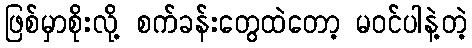
ဖြစ်မှာစိုးလို့ စက်ခန်းတွေထဲတော့ မဝင်ပါနဲ့တဲ့